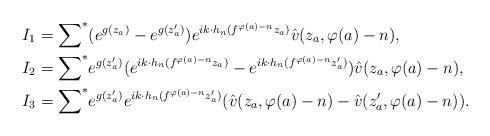
LaTeX: \begin{align*}I_1 & ={\sum}^* (e^{g(z_a)}-e^{g(z_a')})e^{ik\cdot h_n(f^{\varphi(a)-n}z_a)}\hat v(z_a,\varphi(a)-n), \\I_2 & ={\sum}^* e^{g(z_a')}(e^{ik\cdot h_n(f^{\varphi(a)-n}z_a)}-e^{ik\cdot h_n(f^{\varphi(a)-n}z_a')})\hat v(z_a,\varphi(a)-n), \\I_3 & ={\sum}^* e^{g(z_a')}e^{ik\cdot h_n(f^{\varphi(a)-n}z_a')}(\hat v(z_a,\varphi(a)-n)- \hat v(z_a',\varphi(a)-n)).\end{align*}